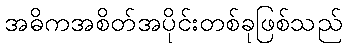
အဓိကအစိတ်အပိုင်းတစ်ခုဖြစ်သည်